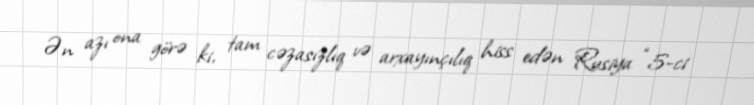
Ən azı ona görə ki, tam cəzasızlıq və arxayınçılıq hiss edən Rusiya “5-ci